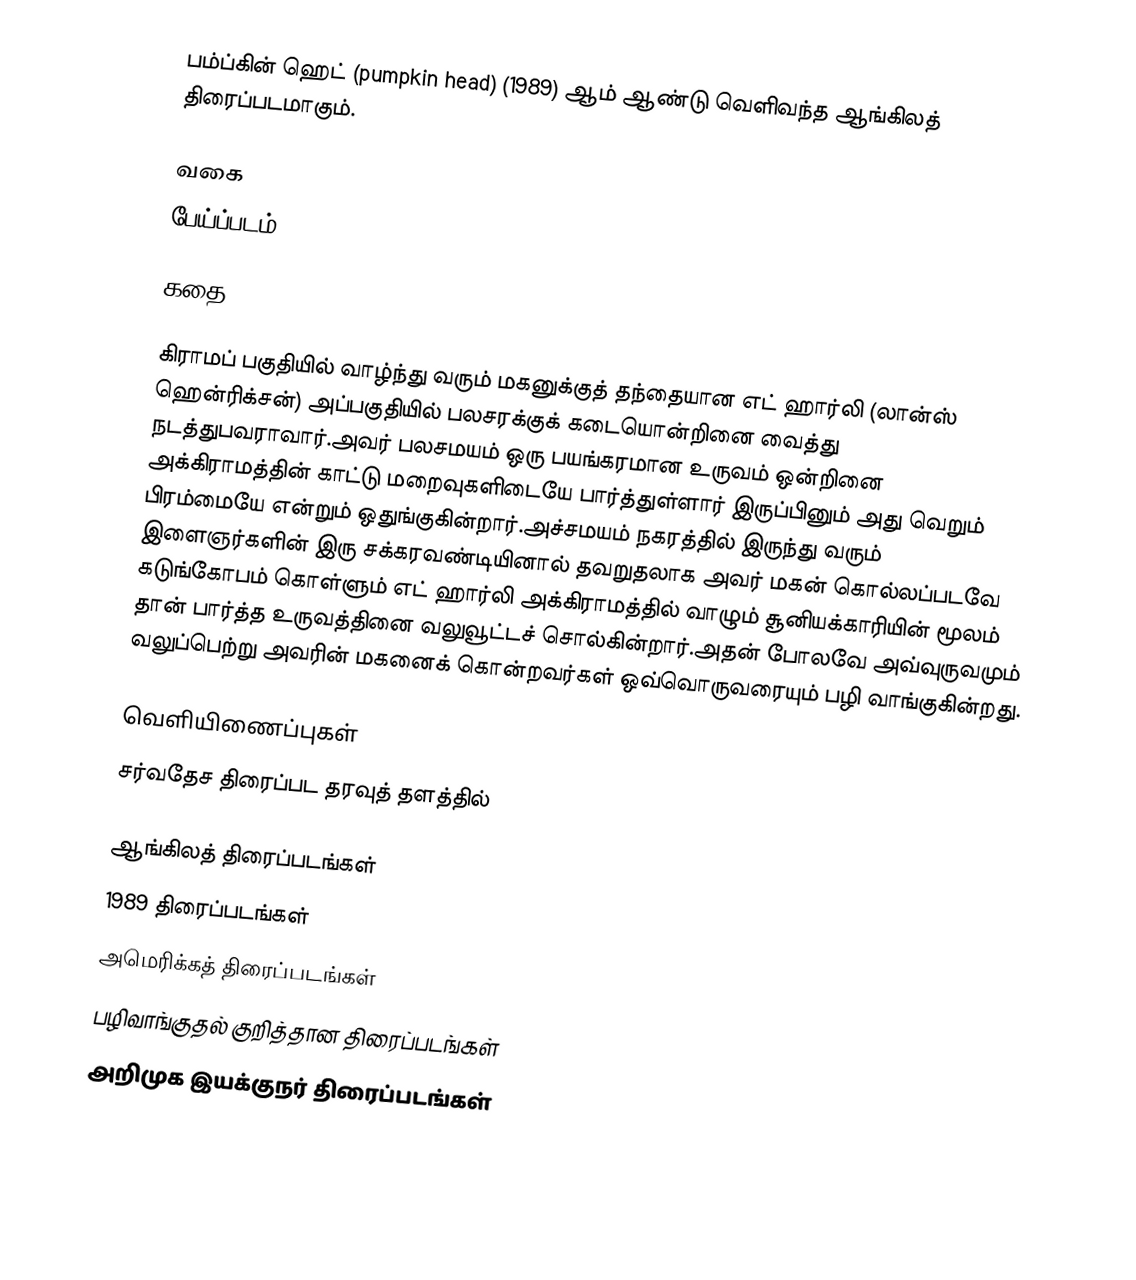
பம்ப்கின் ஹெட் (pumpkin head) (1989) ஆம் ஆண்டு வெளிவந்த ஆங்கிலத் திரைப்படமாகும்.

வகை
பேய்ப்படம்

கதை

கிராமப் பகுதியில் வாழ்ந்து வரும் மகனுக்குத் தந்தையான எட் ஹார்லி (லான்ஸ் ஹென்ரிக்சன்) அப்பகுதியில் பலசரக்குக் கடையொன்றினை வைத்து நடத்துபவராவார்.அவர் பலசமயம் ஒரு பயங்கரமான உருவம் ஒன்றினை அக்கிராமத்தின் காட்டு மறைவுகளிடையே பார்த்துள்ளார் இருப்பினும் அது வெறும் பிரம்மையே என்றும் ஒதுங்குகின்றார்.அச்சமயம் நகரத்தில் இருந்து வரும் இளைஞர்களின் இரு சக்கரவண்டியினால் தவறுதலாக அவர் மகன் கொல்லப்படவே கடுங்கோபம் கொள்ளும் எட் ஹார்லி அக்கிராமத்தில் வாழும் சூனியக்காரியின் மூலம் தான் பார்த்த உருவத்தினை வலுவூட்டச் சொல்கின்றார்.அதன் போலவே அவ்வுருவமும் வலுப்பெற்று அவரின் மகனைக் கொன்றவர்கள் ஒவ்வொருவரையும் பழி வாங்குகின்றது.

வெளியிணைப்புகள்
சர்வதேச திரைப்பட தரவுத் தளத்தில்

ஆங்கிலத் திரைப்படங்கள்
1989 திரைப்படங்கள்
அமெரிக்கத் திரைப்படங்கள்
பழிவாங்குதல் குறித்தான திரைப்படங்கள்
அறிமுக இயக்குநர் திரைப்படங்கள்